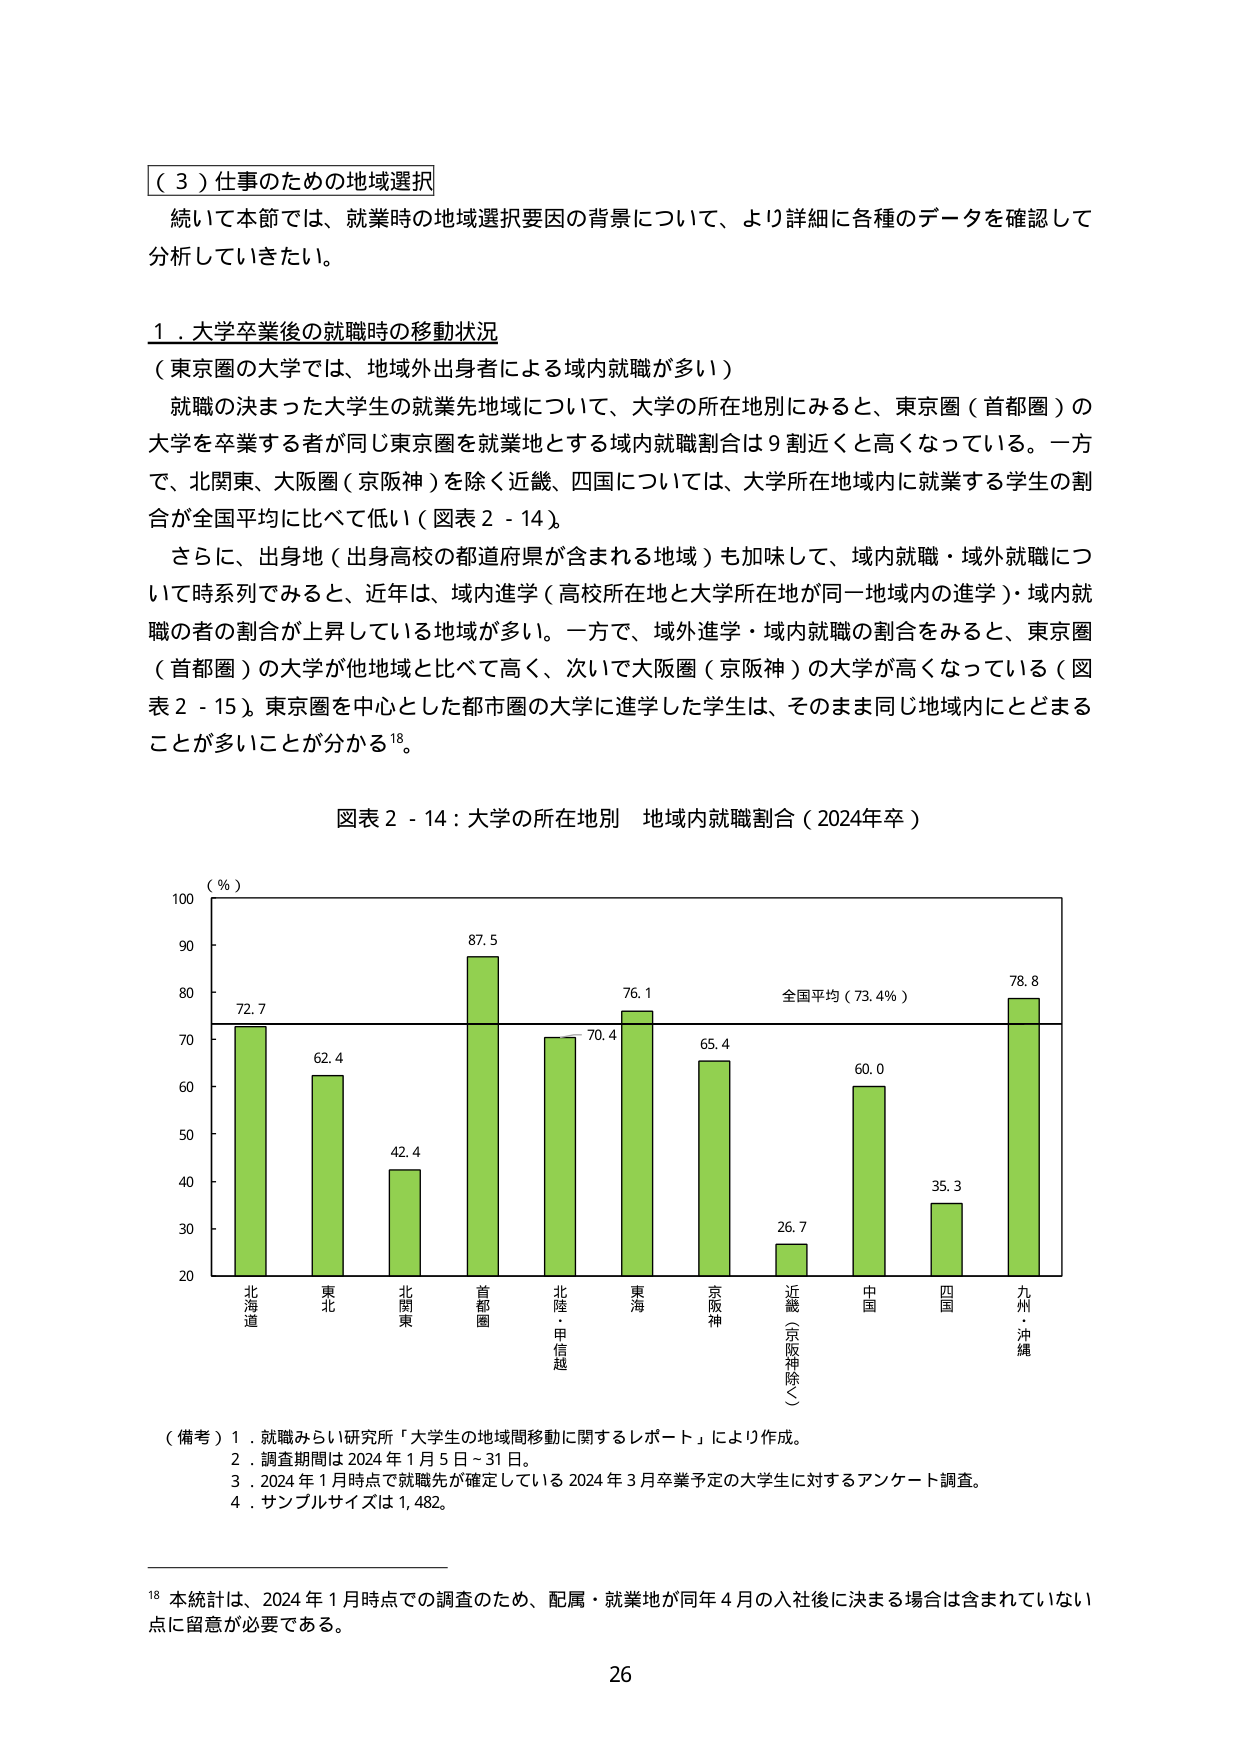
（３）仕事のための地域選択
続いて本節では、就業時の地域選択要因の背景について、より詳細に各種のデータを確認して分析していきたい。

１．大学卒業後の就職時の移動状況
（東京圏の大学では、地域外出身者による域内就職が多い）
就職の決まった大学生の就業先地域について、大学の所在地別にみると、東京圏（首都圏）の大学を卒業する者が同じ東京圏を就業地とする域内就職割合は９割近くと高くなっている。一方で、北関東、大阪圏（京阪神）を除く近畿、四国については、大学所在地域内に就業する学生の割合が全国平均に比べて低い（図表２－１４）。
さらに、出身地（出身高校の都道府県が含まれる地域）も加味して、域内就職・域外就職について時系列でみると、近年は、域内進学（高校所在地と大学所在地が同一地域内の進学）・域内就職の者の割合が上昇している地域が多い。一方で、域外進学・域内就職の割合をみると、東京圏（首都圏）の大学が他地域と比べて高く、次いで大阪圏（京阪神）の大学が高くなっている（図表２－１５）。東京圏を中心とした都市圏の大学に進学した学生は、そのまま同じ地域内にとどまることが多いことが分かる¹⁸。

図表２－１４：大学の所在地別　地域内就職割合（2024年卒）
（％）
100
90
80
70
60
50
40
30
20
北海道　72.7
東北　62.4
北関東　42.4
首都圏　87.5
北陸・甲信越　70.4
東海　76.1
京阪神　65.4
近畿（京阪神除く）　26.7
中国　60.0
四国　35.3
九州・沖縄　78.8
全国平均（73.4％）

（備考）１．就職みらい研究所「大学生の地域間移動に関するレポート」により作成。
　　　２．調査期間は2024年1月5日～31日。
　　　３．2024年1月時点で就職先が確定している2024年3月卒業予定の大学生に対するアンケート調査。
　　　４．サンプルサイズは1,482。

¹⁸ 本統計は、2024年1月時点での調査のため、配属・就業地が同年4月の入社後に決まる場合は含まれていない点に留意が必要である。

26